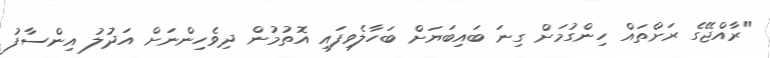
"ރާއްޖޭގެ ރަށްތައް ހިންގުމަށް ގިނަ ބައިބަޔަށް ބަހާލެވިފައި އޮތުމުން ދިވެހިންނަށް އަދުލު އިންސާފު